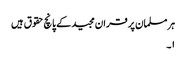
ہر مسلمان پر قران مجید کے پانچ حقوق ہیں
۱۔